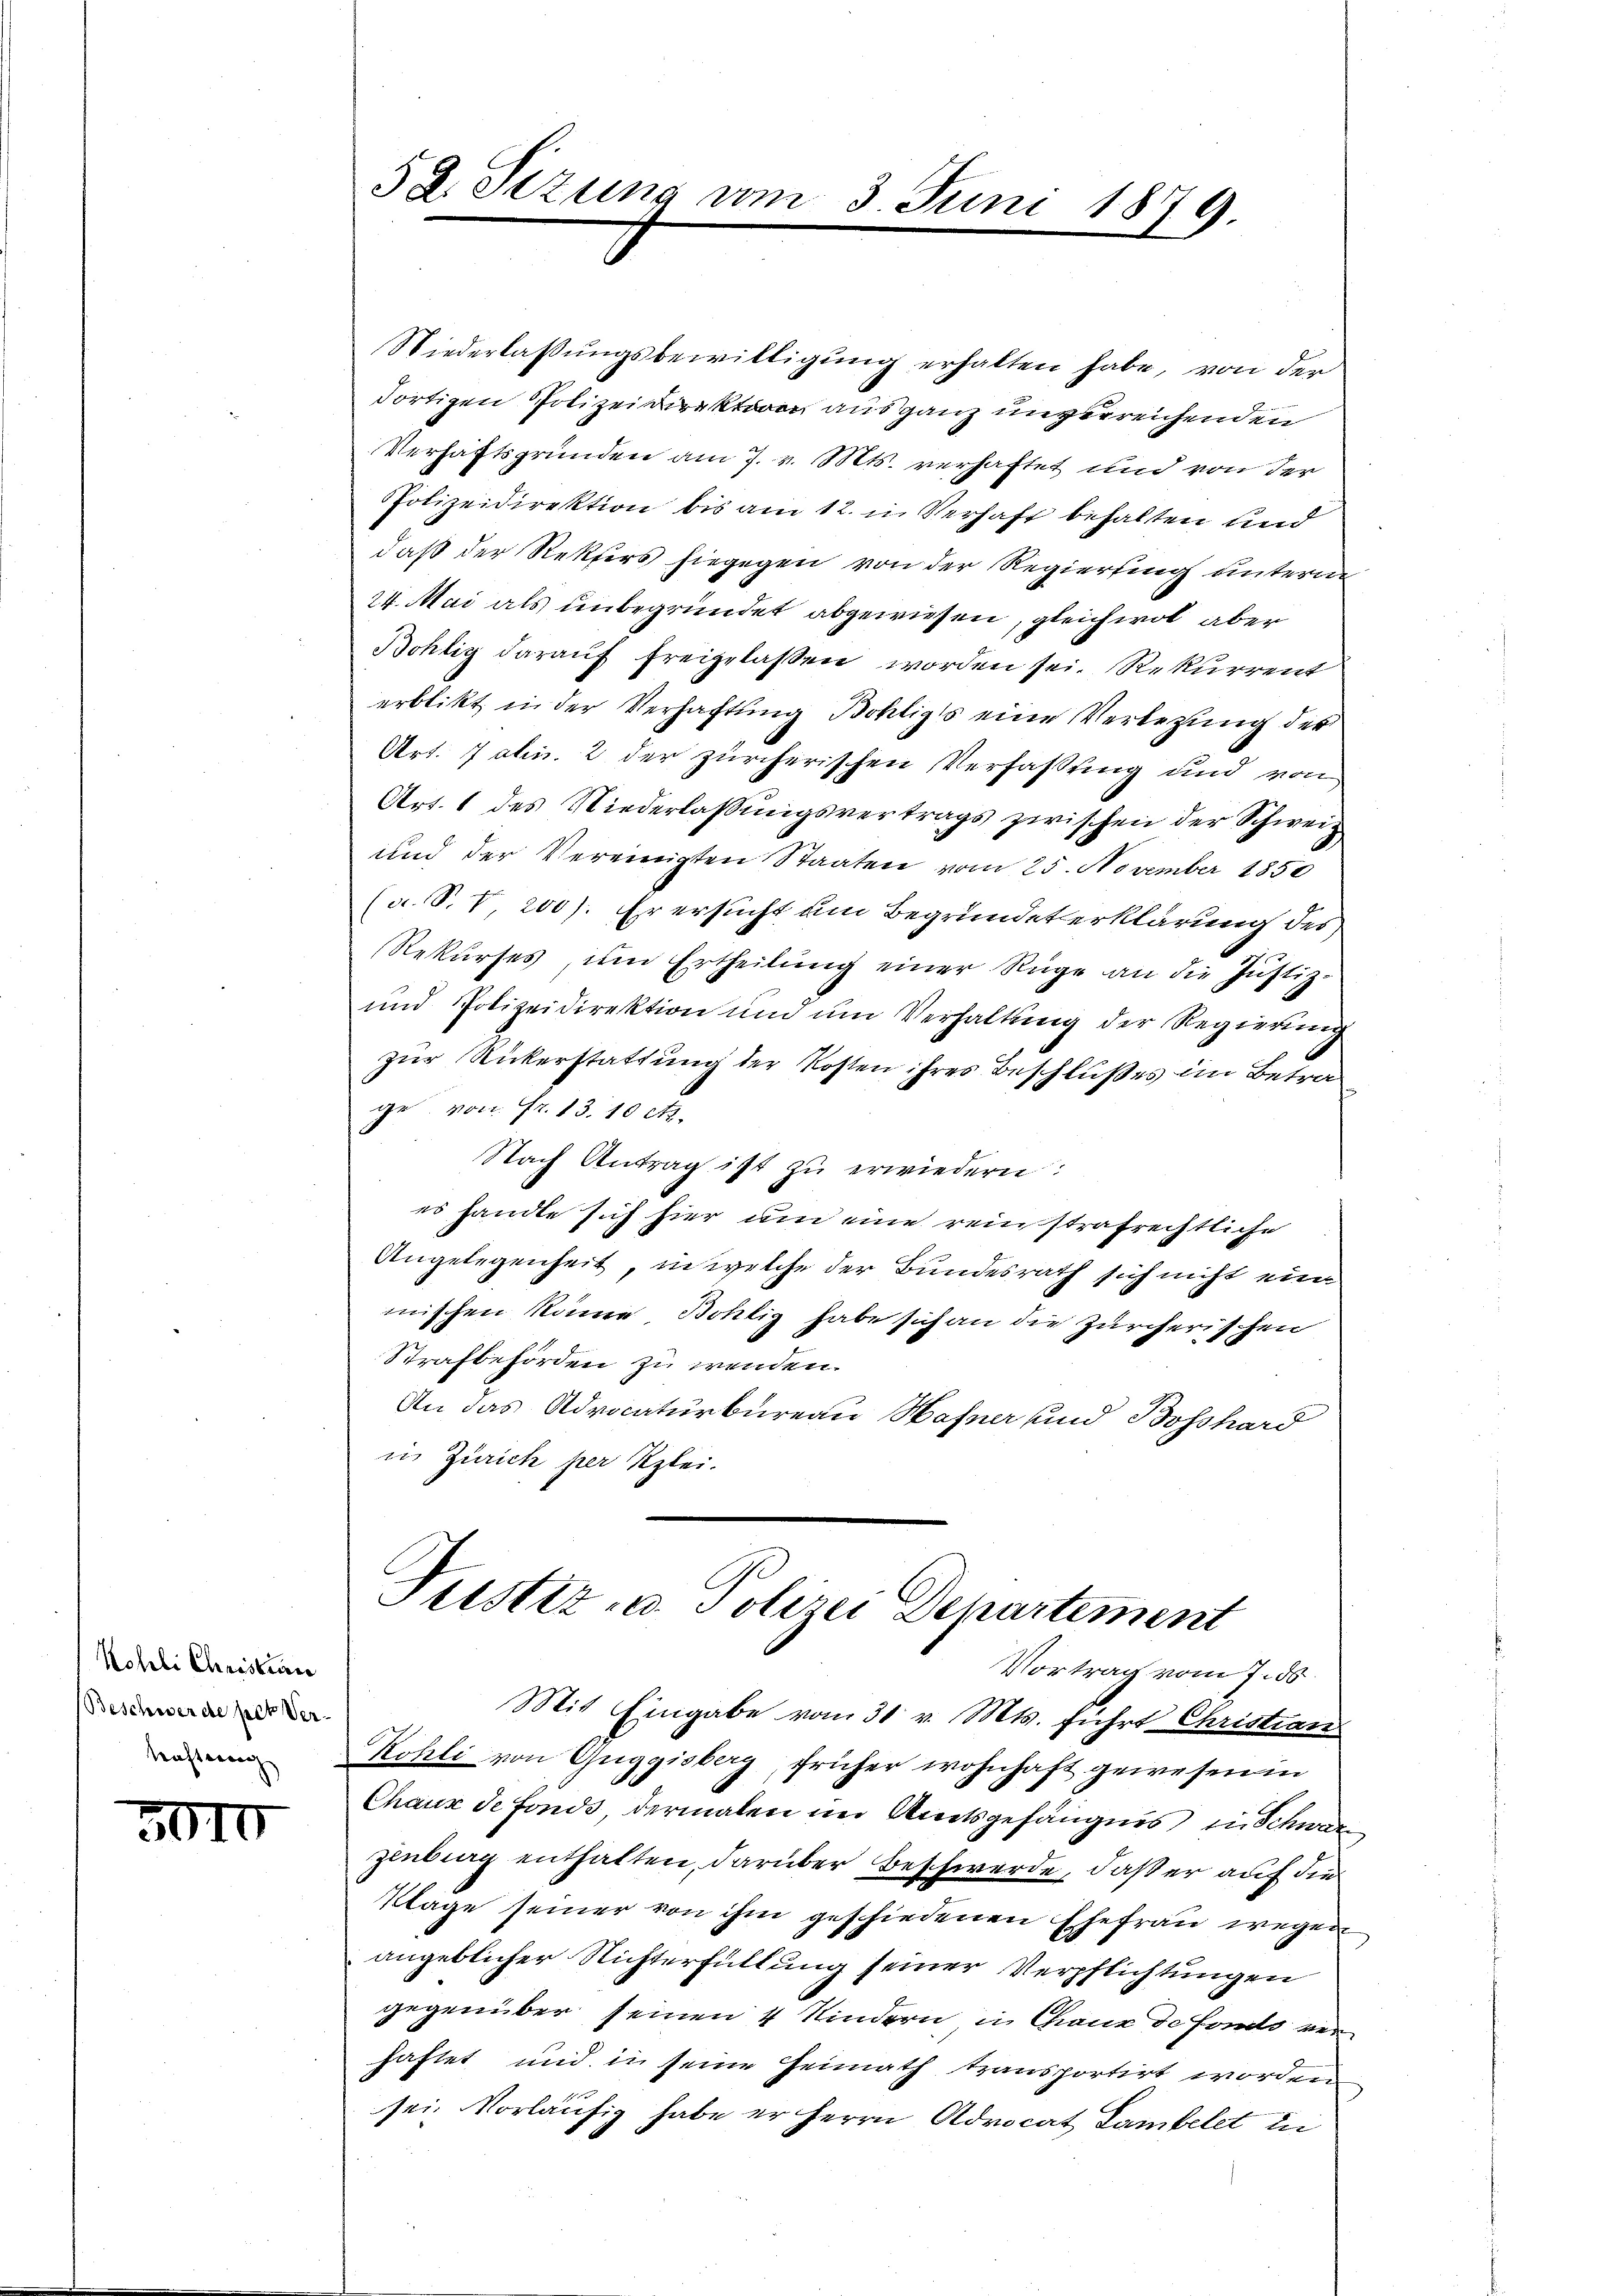
Kohrli Christrier
Beschwerde per Ver-
Kaftung

3010

Niederlassŭngsbewilligung erhalten habe, von der
dortigen Polizeidirektoren aus ganz unverreichenden
Verhaftsgründen am 7. v. Mts. verhaftet und von der
Polizeidirektion bis am 12. in Verhaft behalten und
daß der Rekurs hiegegen von der Regierung unterm
24. Mai als unbegründet abgewiesen, gleichwol aber
Bohlig daraŭf freigelassen worden sei. Rekurrent
erblikt in der Verhaftung Bohliges eine Verlegung der
Art. 7 akn. 2 der zürcherischen Verfaßung und von
Art. 1 des Niederlassungsvertrags zwischen der Schweiz
und der Vereinigten Staaten vom 25. November 1850
(a. S. 7 200). Er ersucht am Begründeterklärung des
Rekŭrses um Ertheilŭng einer Rüge an die Justiz-
und Polizeidirektion ŭm ŭm Verhaltung der Regierŭng
zur Rückerstattung der Kosten ihres Beschlußes im Betrage von Fr. 13. 10 c.
Nach Antrag ist zu erwiedern:
es handte sich hier um eine rein strafrechtliche
Angelegenheit, in welche der Bundesrath sich nicht ein
mischen köne Bohlig habe sich an die Zürcherischen
Strafbehörden zu wenden.
An das Advocaturbureau Hafner und Bosshard
in Zürich per Klei

52. Sezung am 3 Juni 1879.

Justiz- u. Polizei Departement
Vortrag vom 7. ds.

Mit Eingabe vom 31. v. Mts. führt Christian
Kohli von Guggisberg, früher wohnhaft gewesen in
Chaux de fonds dermalen im Amtsgefängnis in Schwarzenberg enthalten, darüber Beschwerde, daß er auf die
Klage seiner von ihm geschiedenen Ehefrau wegen
angeblicher Nichterfüllung seiner Verpflichtungen
gegenüber seinen 4 Kindern in Chaux de fonds verhaftet und in seine Heimath transportirt worden
sei. Vorläufig habe er Herrn Advocat Lambelet in